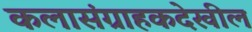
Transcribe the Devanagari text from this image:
कलासंग्राहकदेखील